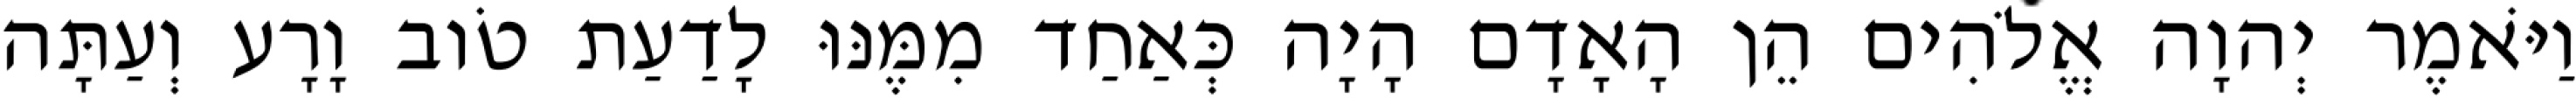
וַיֹּאמֶר יְהוָה אֱלֹהִים הֵן הָאָדָם הָיָה כְּאַחַד מִמֶּנּוּ לָדַעַת טֹוב וָרָע וְעַתָּה